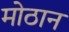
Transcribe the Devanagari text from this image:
मोठान